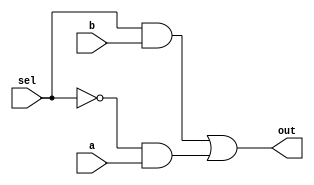
module mux_g(a,b,sel,out);
input a,b;
input sel;
output out;
wire net1,net2,bsel;

not(bsel,sel);
and(net1,sel,b);
and(net2,bsel,a);
or(out,net1,net2);

endmodule